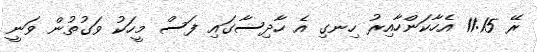
ރޭ 11:15 އެހާކަންހާއިރު ހިނގި އެ ހާދިސާގައި ފަސް މީހަކު ވަގުތުން ވަނީ